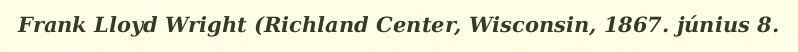
Frank Lloyd Wright (Richland Center, Wisconsin, 1867. június 8.